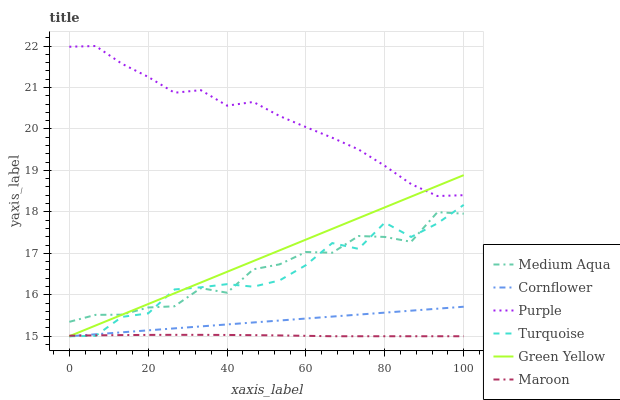
| xaxis_label | Medium Aqua | Cornflower | Purple | Turquoise | Green Yellow | Maroon |
 | --- | --- | --- | --- | --- | --- | --- |
 | 0 | 15.3 | 15 | 22 | 15 | 15 | 15 |
 | 6.67 | 15.5 | 15 | 22 | 15 | 15.3 | 15 |
 | 13.3 | 15.5 | 15.1 | 21.6 | 15.5 | 15.5 | 15 |
 | 20 | 15.7 | 15.1 | 21.3 | 15.6 | 15.8 | 15 |
 | 26.7 | 15.7 | 15.2 | 20.9 | 16.1 | 16 | 15 |
 | 33.3 | 16.2 | 15.2 | 20.9 | 16.2 | 16.3 | 15 |
 | 40 | 16 | 15.3 | 20.6 | 16.3 | 16.6 | 15 |
 | 46.7 | 16.6 | 15.3 | 20.7 | 16.2 | 16.8 | 15 |
 | 53.3 | 16.7 | 15.4 | 20.3 | 16.3 | 17.1 | 15 |
 | 60 | 17 | 15.4 | 20 | 16.7 | 17.3 | 15 |
 | 66.7 | 17 | 15.5 | 19.8 | 17.2 | 17.6 | 15 |
 | 73.3 | 17.4 | 15.5 | 19.5 | 17.1 | 17.8 | 15 |
 | 80 | 17.4 | 15.6 | 19.1 | 17.7 | 18.1 | 15 |
 | 86.7 | 17.3 | 15.6 | 18.7 | 17.4 | 18.4 | 15 |
 | 93.3 | 18 | 15.7 | 18.4 | 17.7 | 18.6 | 15 |
 | 100 | 18 | 15.7 | 18.4 | 18.2 | 18.9 | 15 |